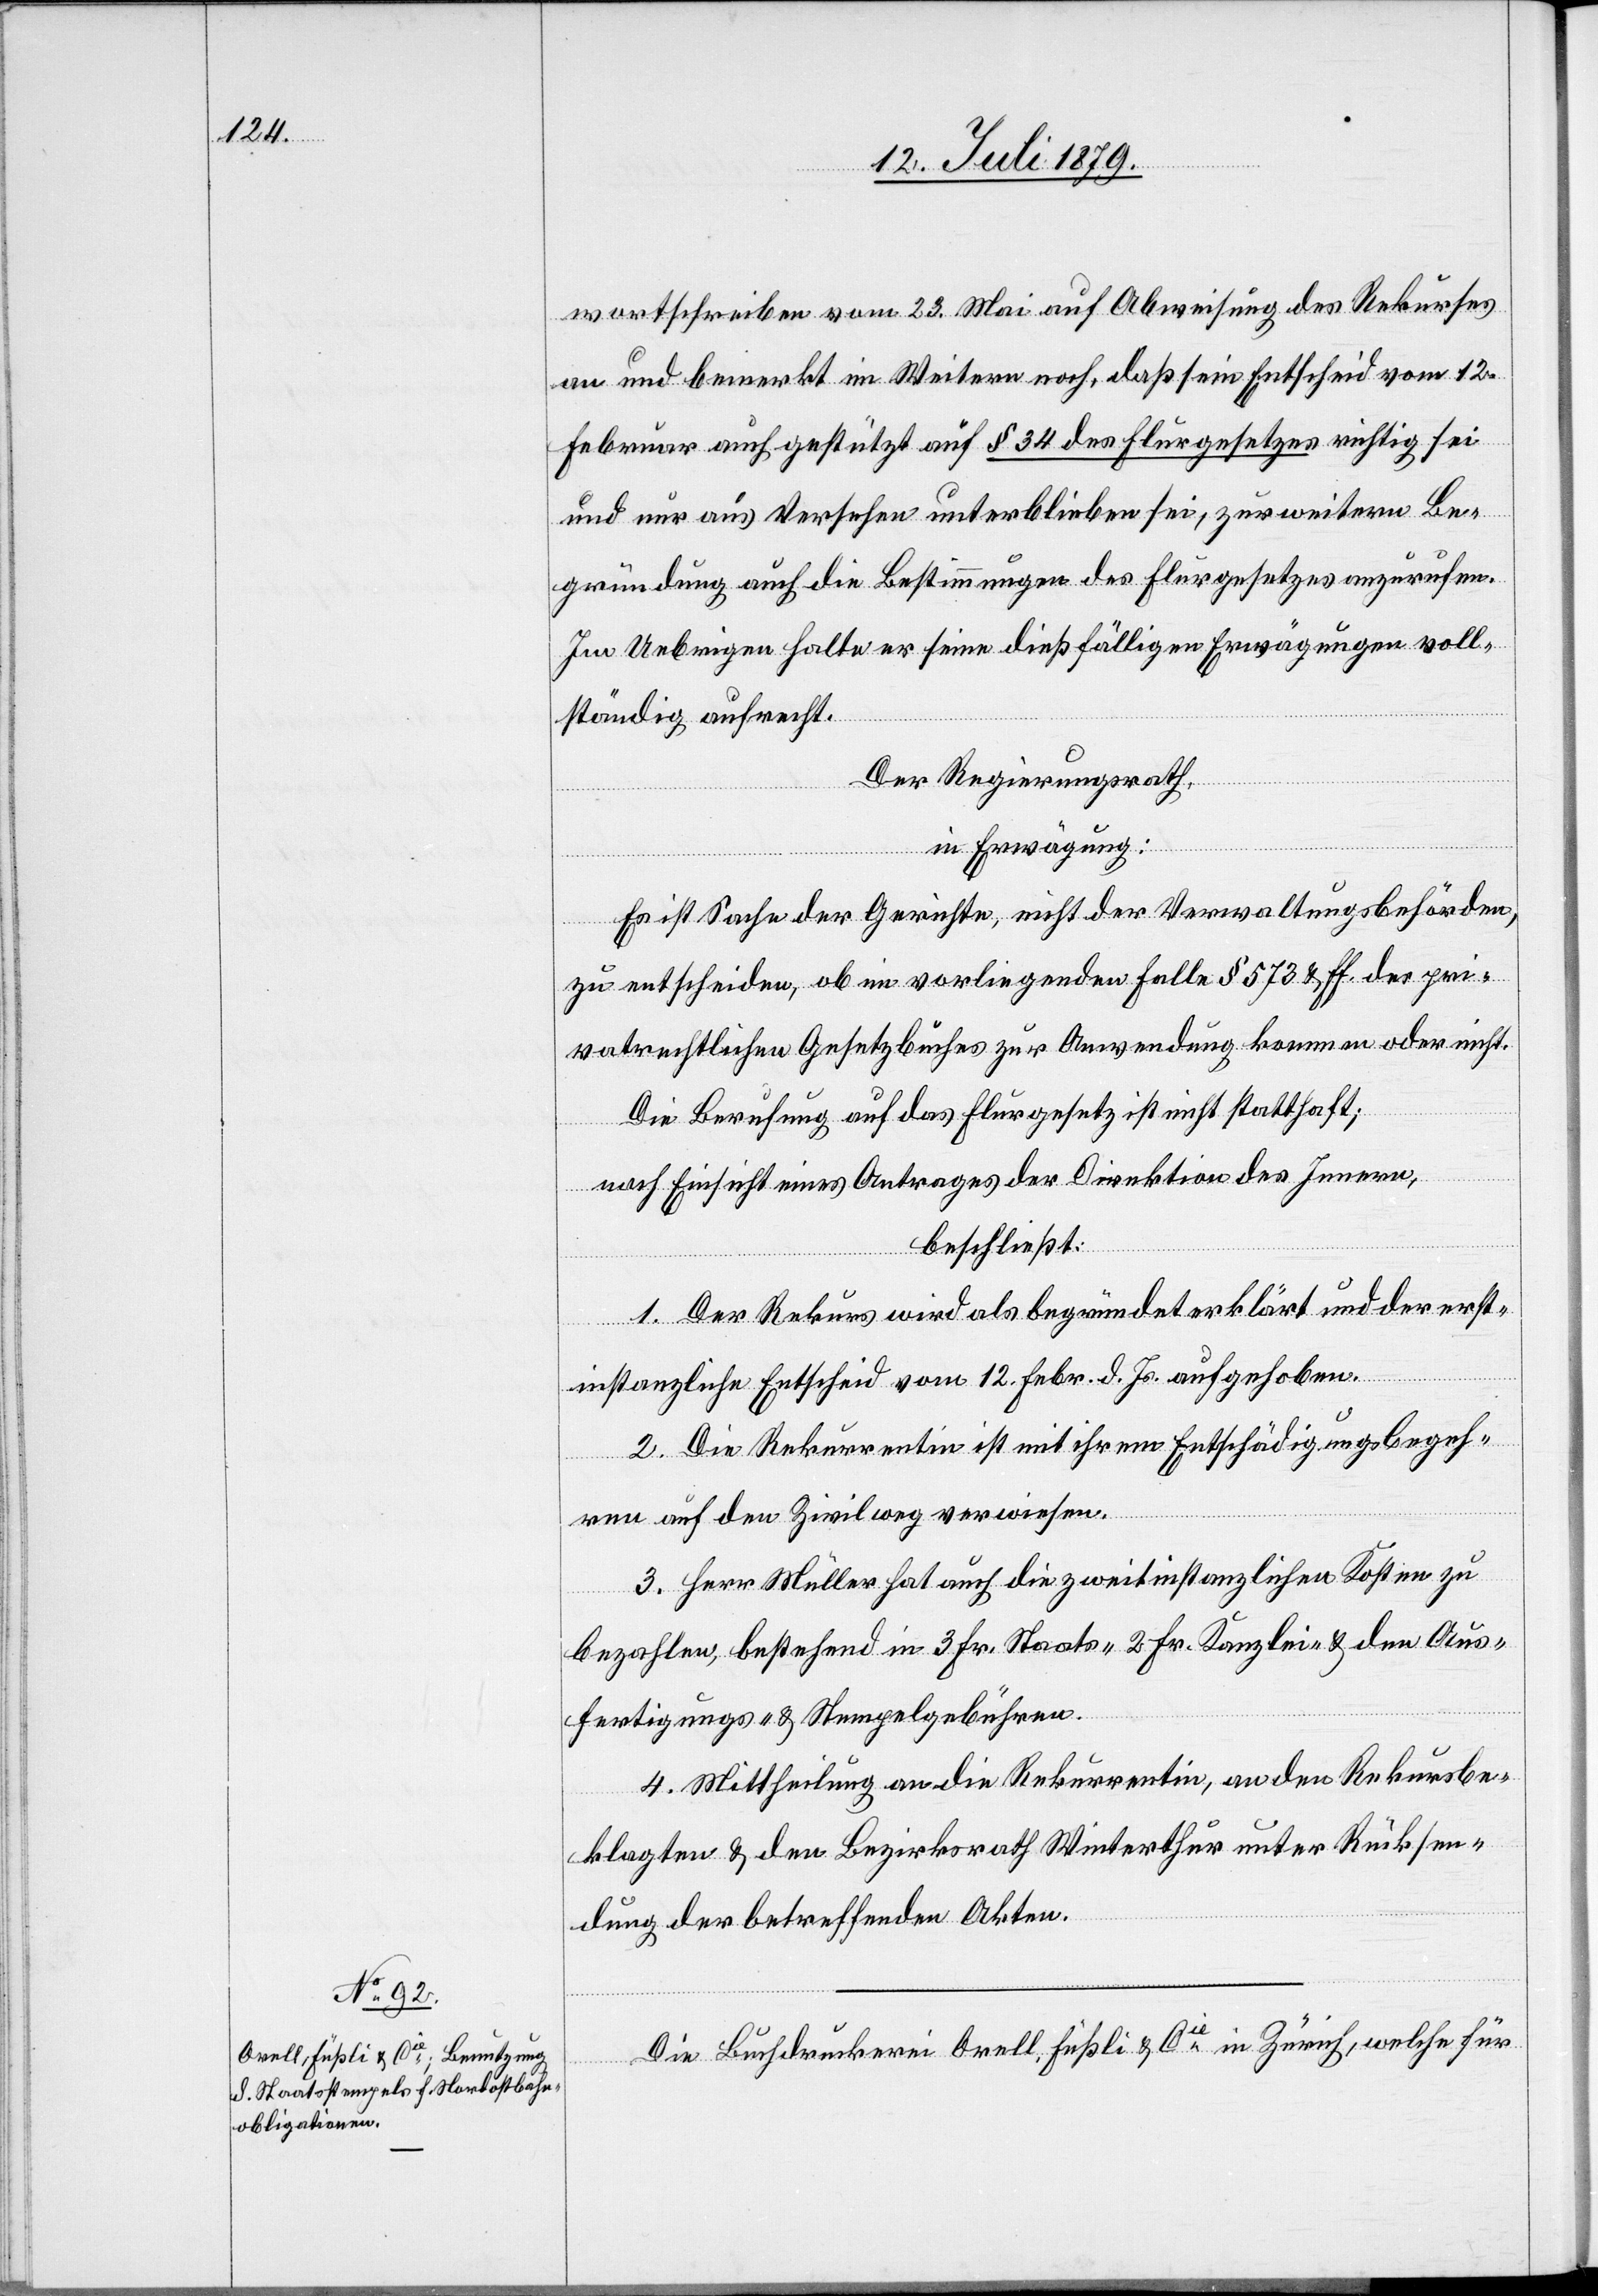
wortschreiben vom 23. Mai auf Abweisung des Rekurses
an und bemerkt im Weitern noch, daß sein Entscheid vom 12.
Februar auch gestützt auf § 34 des Flurgesetzes richtig sei
und nur aus Versehen unterblieben sei, zur weitern Be¬
gründung auch die Bestimmungen des Flurgesetzes anzurufen.
Im Uebrigen halte er seine dießfälligen Erwägungen voll¬
ständig aufrecht.
Der Regierungsrath,
in Erwägung:
Es ist Sache der Gerichte, nicht der Verwaltungsbehörden,
zu entscheiden, ob im vorliegenden Falle § 375 & ff. des pri¬
vatrechtlichen Gesetzbuches zur Anwendung kommen oder nicht.
Die Berufung auf das Flurgesetz ist nicht statthaft;
nach Einsicht eines Antrages der Direktion des Innern,
beschließt:
1. Der Rekurs wird als begründet erklärt und der erst¬
instanzliche Entscheid vom 12. Febr. d. Js. aufgehoben.
2. Die Rekurrentin ist mit ihrem Entschädigungsbegeh¬
ren auf den Zivilweg verwiesen.
3. Herr Müller hat auch die zweitinstanzlichen Kosten zu
bezahlen, bestehend in 3 Fr. Staats-[,] 2 Fr. Kanzlei- & den Aus¬
fertigungs- & Stempelgebühren.
4. Mittheilung an die Rekurrentin, an den Rekursbe¬
klagten & den Bezirksrath Winterthur unter Rücksen¬
dung der betreffenden Akten.
Die Buchdruckerei Orell, Füßli & Cie in Zürich, welche für